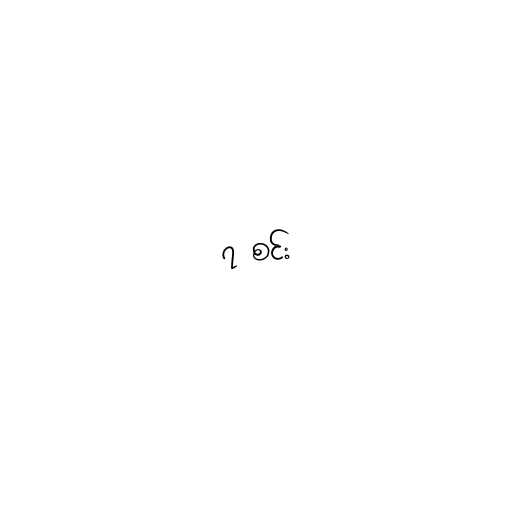
၇ စင်း